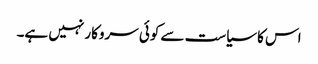
اس کا سیاست سے کوئی سروکار نہیں ہے۔